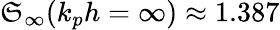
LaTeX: \mathfrak{S}_{\infty}(k_{p}h=\infty)\approx 1.387